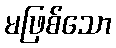
မဖြစ်သော